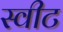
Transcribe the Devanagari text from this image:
स्‍वीट